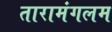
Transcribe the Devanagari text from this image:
तारामंगलम